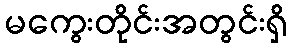
မကွေးတိုင်းအတွင်းရှိ